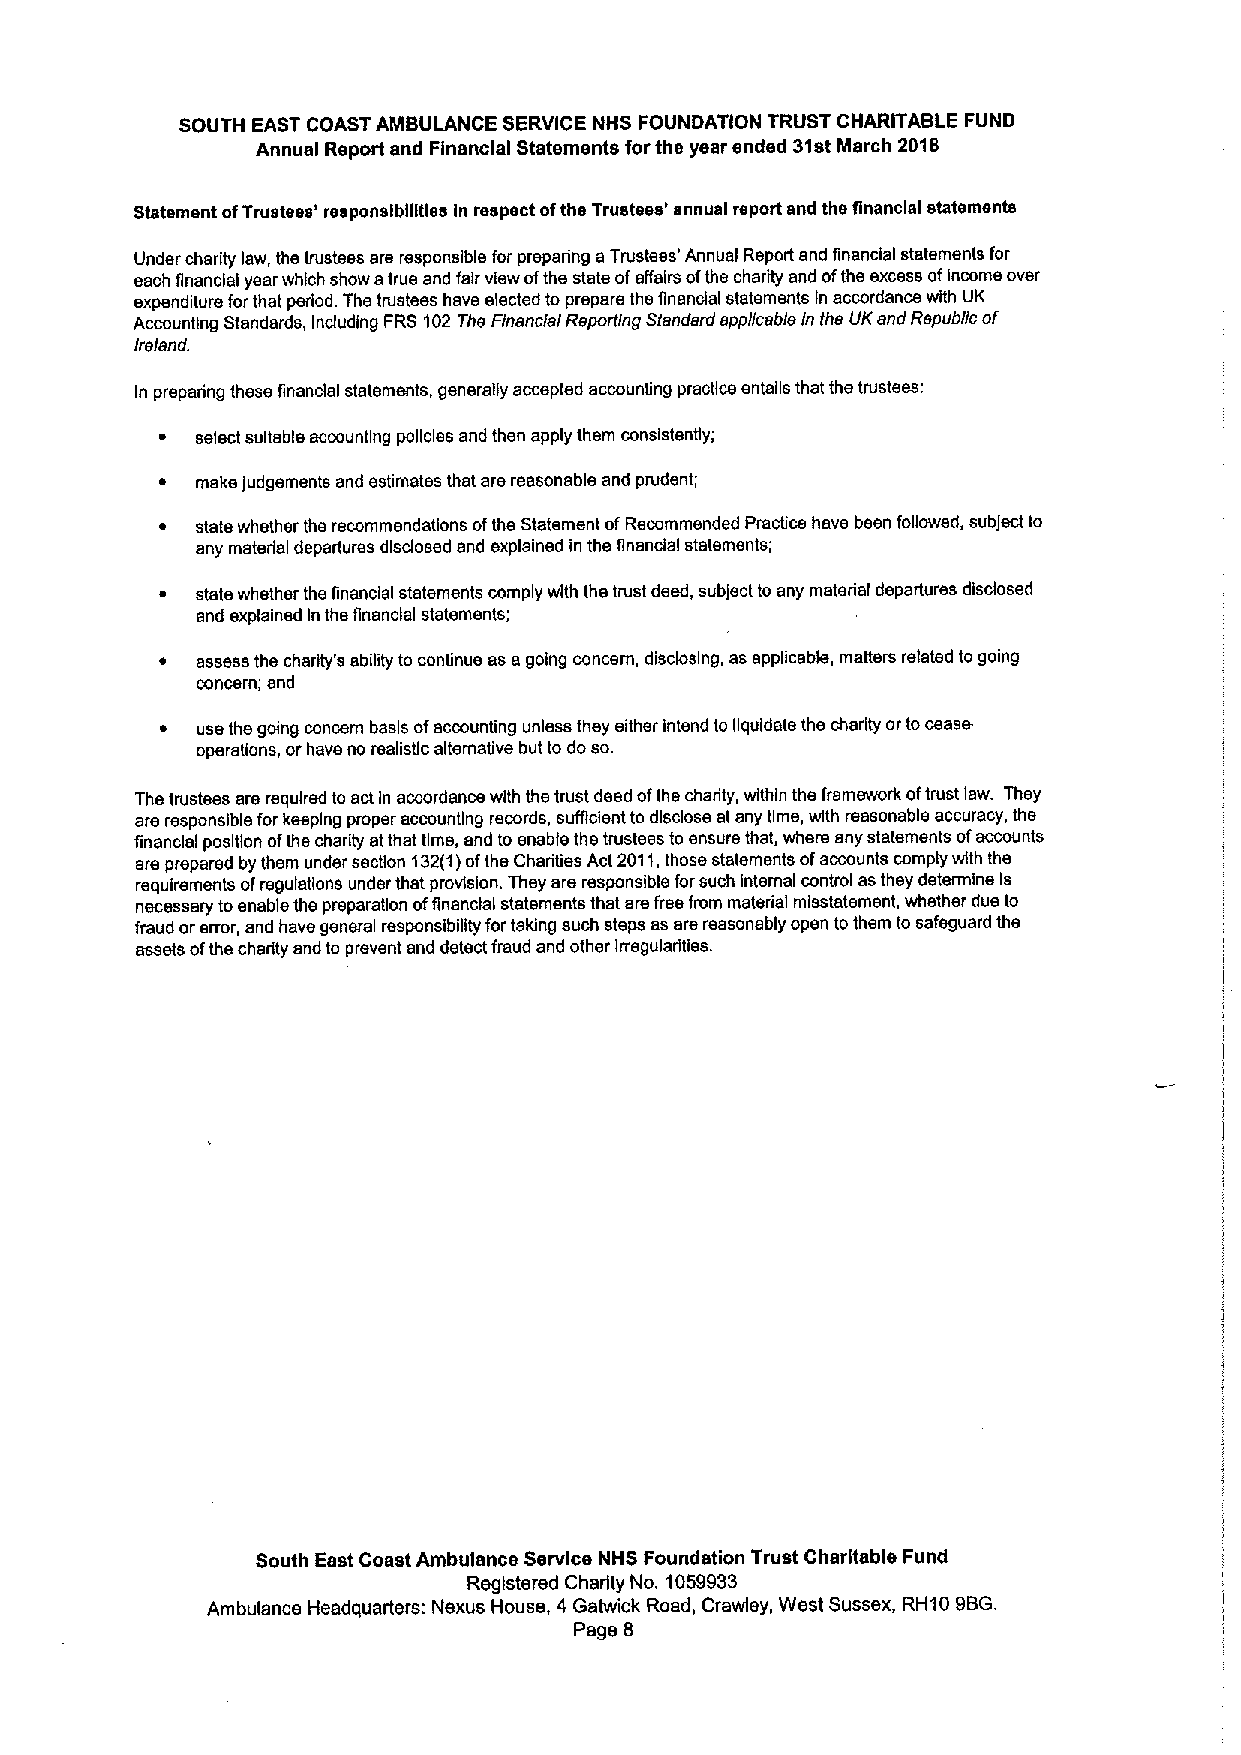
SOUTH EAST COAST AMBULANCE SERVICE NHS FOUNDATION TRUST CHARITABLE FUND
 Annual Report and Financial Statements forthe year ended 31stMarch 2018
 Statement ofTrustees' responsibilities In respect ofthe Trustees' annual report snd the financial statements
 Under charity law, the trustees ars responsible for preparing aTrustees' Annual Report snd financial statements for
 each financial year which show atrue and fair view ofthe stats ofaffairs ofthe charity and ofthe excess ofIncome over
 expenditure forthat period. The trustees have elected to prepare the flnandal statements In accordance with UK
 Accounting Standards, Induding FRS 102 The Financial Reporting Standard applicable ln the UKend Republic of
 Ireland.
 In preparing these financial statements, generally accepted accounting practice sntails that the trustees:
 ~  select suitable accounting policies and then apply them consistently;
 ~ make judgements and estimates that are reasonable and prudent;
 ~ stats whether ths recommendations ofths Statement ofRecommended Practice have been followed, subject to
 any materiel departures dlsdosed and explained in the flnsndal statements;
 ~ state whether the financial statements comply with the trust deed, subject to any material departures disclosed
 and explained In ths flnsndal statements;
 ~ assess ths charity's ability to congnue ss agoing concern, disclosing, as applicable, matters related togoing
 concern; end
 ~ use the going concern basis ofaccounting unless they either intend to liquidate the charity ortocease
 operations, orhave no realistic alternative but to do so.
 Ths trustees are required to ectIn accordance with the trust deed ofthe charity, within the framework oftrust law. They
 are responsible for keeping proper accounting records, sufficien to dlsdose stsny time, with reasonable accuracy, the
 ginanclal position ofthe charity etthat time, and to enable the trustees to ensure that, where any statements ofaccounts
 are prepared by them under section 132(1)ofthe Charities Act 2011,those statements ofaccounts comply with the
 requirements ofregulations under that provision. They ars responsible forsuch internal control as they determine Is
 necessary toenable the preparation offinanciai statements that sre free from material misstatement, whether dus to
 fraud orerror, and have general responsibility fortaking such steps as are reasonably open tothem to safeguard the
 assets ofthe charity and to prevent and detect fraud and other Irregularities.
 South East Coast Ambulance Service NHS Foundation Trust Charitable Fund
 Registered Charity No. 1059933
 Ambulance Headquarters: Nexus House, 4 Gatwick Road, Crawley, West Sussex, RH10 9BG.
 Page 8